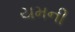
યમની